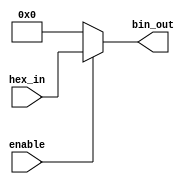
module hex_to_bin_encoder (
    input wire [3:0] hex_in,    // 4-bit hexadecimal input
    input wire enable,           // Enable signal
    output reg [3:0] bin_out     // 4-bit binary output
);

// Combinational logic to convert hex to binary
always @(*) begin
    if (!enable) begin
        // If enable is low, set output to zero
        bin_out = 4'b0000;
    end else begin
        // Assign the binary equivalent based on the hexadecimal input
        bin_out = hex_in; // Direct mapping since values are the same
    end
end

endmodule